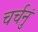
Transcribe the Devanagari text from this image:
चर्चनुं